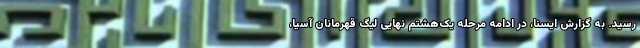
رسید. به گزارش‌ ایسنا، در ادامه مرحله یک‌هشتم نهایی لیگ قهرمانان آسیا،